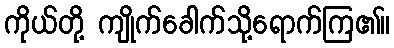
ကိုယ်တို့ ကျိုက်ခေါက်သို့ရောက်ကြ၏။